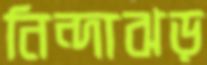
নিন্দাঝড়